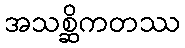
အသစ္ဆိကတဿ